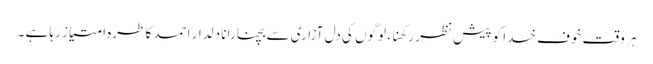
ہر وقت خوف خدا کو پیش نظر رکھنا ، لوگوں کی دل آزاری سے بچنا رانا دلدار احمد کا طرہ امتیاز رہا ہے ۔